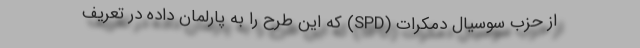
از حزب سوسیال دمکرات (SPD) که این طرح را به پارلمان داده در تعریف